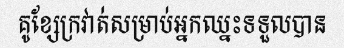
គូខ្សែក្រវាត់សម្រាប់អ្នកឈ្នះទទួលបាន